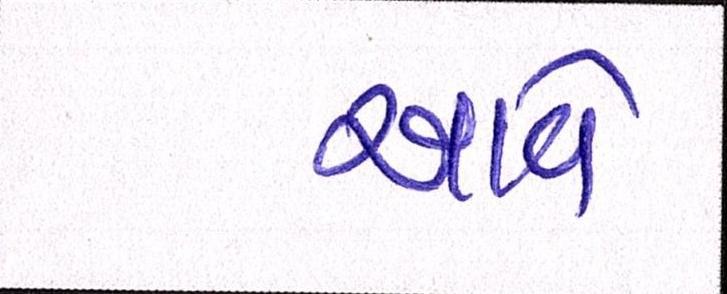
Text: આવેઃ